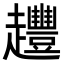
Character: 𧾳